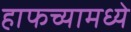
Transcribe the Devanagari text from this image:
हाफच्यामध्ये